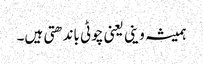
ہمیشہ وینی یعنی چوٹی باندھتی ہیں۔